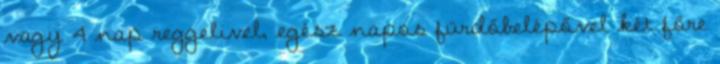
vagy 4 nap reggelivel, egész napos fürdőbelépővel két főre